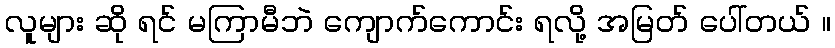
လူများ ဆို ရင် မကြာမီဘဲ ကျောက်ကောင်း ရလို့ အမြတ် ပေါ်တယ် ။